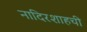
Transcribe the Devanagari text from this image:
नादिरशाहची